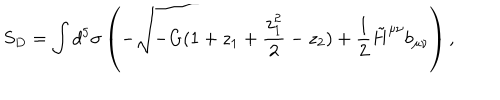
S _ { D } = \int d ^ { 5 } \sigma \left( - \sqrt { - G ( 1 + z _ { 1 } + { \frac { z _ { 1 } ^ { 2 } } { 2 } } - z _ { 2 } ) } + { \frac { 1 } { 2 } } \tilde { H } ^ { \mu \nu } b _ { \mu \nu } \right) ,